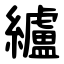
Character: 纑